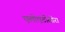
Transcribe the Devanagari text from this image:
एलोएंटीसीरा